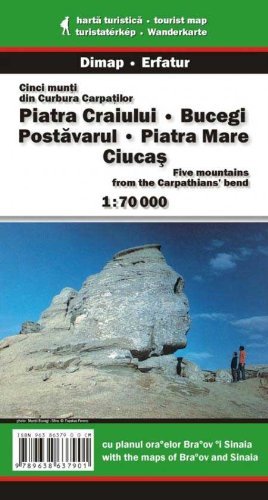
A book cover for Piatra Craiului, Bucegi, Postavarul, Piatra Mare, Ciucas (Transylvania, Romania) 1:70,000 Hiking Map + Brasov & Sinaia plans; Dimap; Travel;